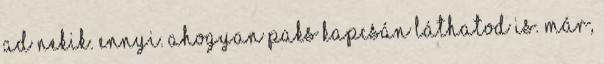
ad nekik. ennyi. ahogyan Paks kapcsán láthatod is. Már,